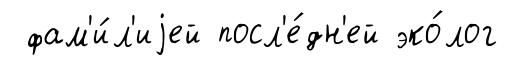
фам'и́л'иjей посл'е́дн'ей эко́лог